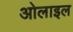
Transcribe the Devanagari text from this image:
ओलाइल